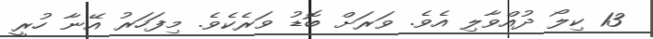
13 ކިލޯ ދުއްވާލި އެވެ. ވަރަށް ބޮޑު ވަރެކެވެ. މިފަހަރު އޭނާ ހުރީ